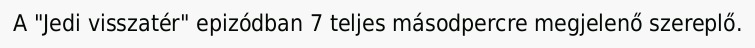
A "Jedi visszatér" epizódban 7 teljes másodpercre megjelenő szereplő.